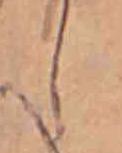
し